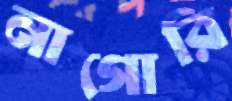
নাগোরি